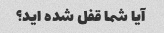
آیا شما قفل شده اید؟